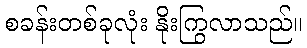
စခန်းတစ်ခုလုံး နိုးကြွလာသည်။